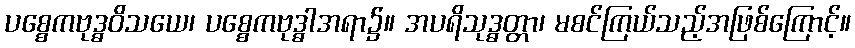
ပစ္စေကဗုဒ္ဓဝိသယေ၊ ပစ္စေကဗုဒ္ဓါအရာ၌။ အပရိသုဒ္ဓတ္တာ၊ မစင်ကြယ်သည့်အဖြစ်ကြောင့်။